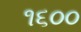
૧૬૦૦